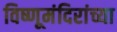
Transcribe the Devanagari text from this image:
विष्णूमंदिरांच्या